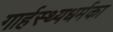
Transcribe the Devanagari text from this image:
गार्हस्थ्यधर्मका